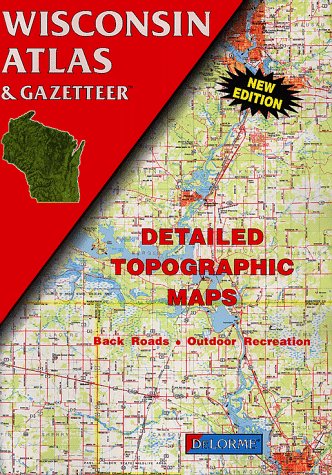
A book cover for Wisconsin Atlas and Gazetteer; Travel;